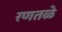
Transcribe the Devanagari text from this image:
रणतळे